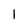
Character: 1